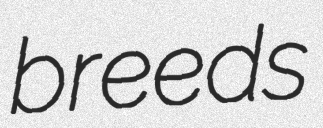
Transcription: breeds